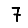
Digit: 7